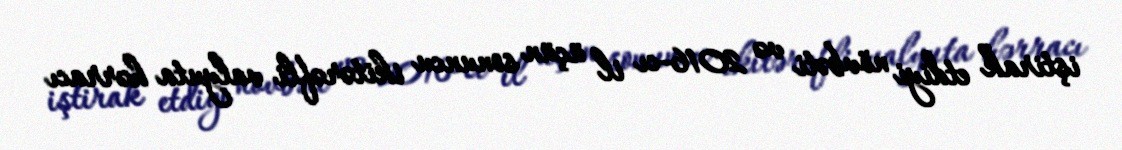
iştirak etdiyi növbəti və 2016-cı il üçün sonuncu ikitərəfli valyuta hərracı